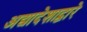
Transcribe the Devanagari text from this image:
अद्यादेशाद्वारे